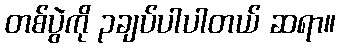
တစ်ပွဲကို ၃ချပ်ပါပါတယ် ဆရာ။